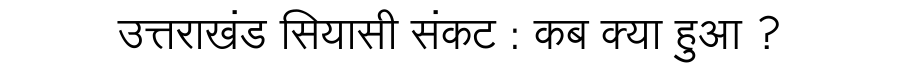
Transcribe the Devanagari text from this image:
उत्तराखंड सियासी संकट : कब क्या हुआ ?